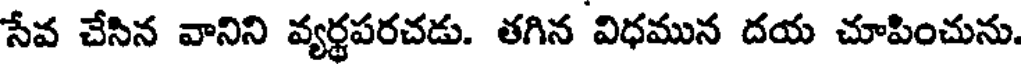
సేవ చేసిన వానిని వ్యర్థపరచడు. తగిన విధమున దయ చూపించును.